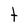
Character: t